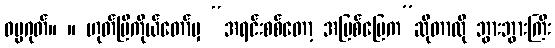
ဓမ္မဂုတ်။ ။ ဟုတ်ပြီကိုယ်တော်မှ “အရင်းစစ်တော့ အမြစ်မြေက”ဆိုတာလို ဘွားဘွားကြီး